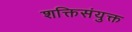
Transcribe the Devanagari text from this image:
शक्तिसंयुक्त